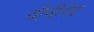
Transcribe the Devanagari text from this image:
वौनीगेट